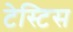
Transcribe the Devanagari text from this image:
टेस्टिस